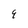
Character: E